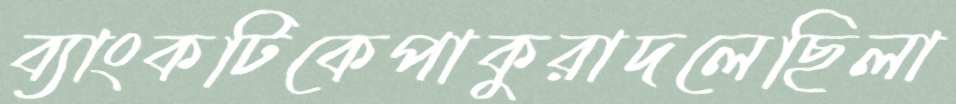
ব্যাংকটিকেপাকুরাদলেছিলা